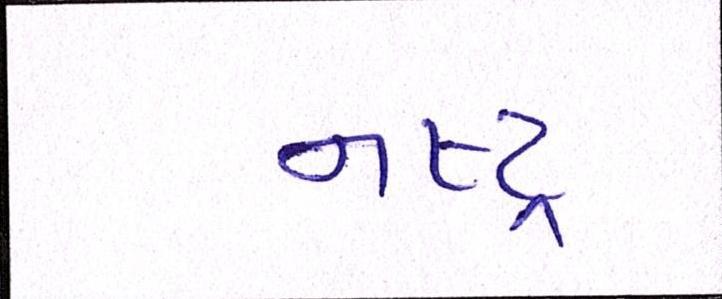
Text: નષ્ટ્ર